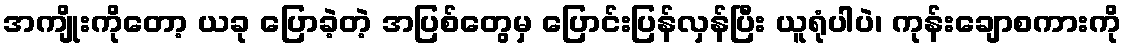
အကျိုးကိုတော့ ယခု ပြောခဲ့တဲ့ အပြစ်တွေမှ ပြောင်းပြန်လှန်ပြီး ယူရုံပါပဲ၊ ကုန်းချောစကားကို